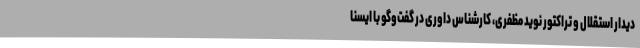
دیدار استقلال و تراکتور نوید مظفری، کارشناس داوری در گفت‌وگو با ایسنا